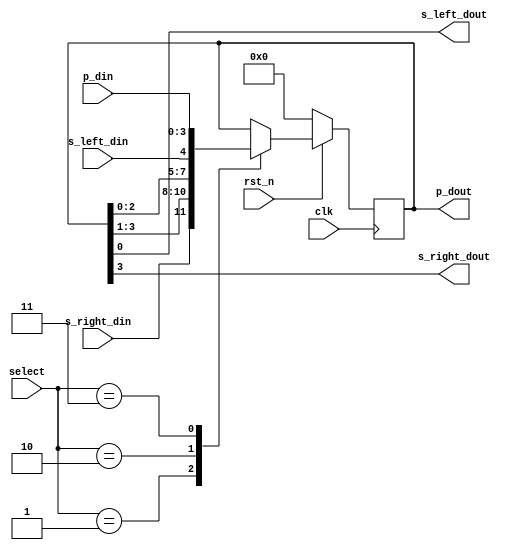
`timescale 1ns / 1ps
//////////////////////////////////////////////////////////////////////////////////
// Company: 
// Engineer: 
// 
// Design Name: 
// Module Name: universalreg
// Project Name: 
// Target Devices: 
// Tool Versions: 
// Description: 
// 
// Dependencies: 
// 
// Revision:
// Revision 0.01 - File Created
// Additional Comments:
// 
////////////////////////////////////////////////////////////////////////////////
module universalreg(
input clk, rst_n, 
  input [1:0] select, // select operation
  input [3:0] p_din,  // parallel data in 
  input s_left_din,   // serial left data in
  input s_right_din,  // serial right data in
  output reg [3:0] p_dout, //parallel data out
  output s_left_dout, // serial left data out
  output s_right_dout // serial right data out
);
  always@(posedge clk) begin
    if(!rst_n) p_dout <= 0;
    else begin
      case(select)
        2'h1: p_dout <= {s_right_din,p_dout[3:1]}; // Right Shift
        2'h2: p_dout <= {p_dout[2:0],s_left_din};  // Left Shift
        2'h3: p_dout <= p_din; // Parallel in - Parallel out
        default: p_dout <= p_dout; // Do nothing
      endcase
       end
  end
  assign s_left_dout = p_dout[0];
  assign s_right_dout = p_dout[3];

endmodule